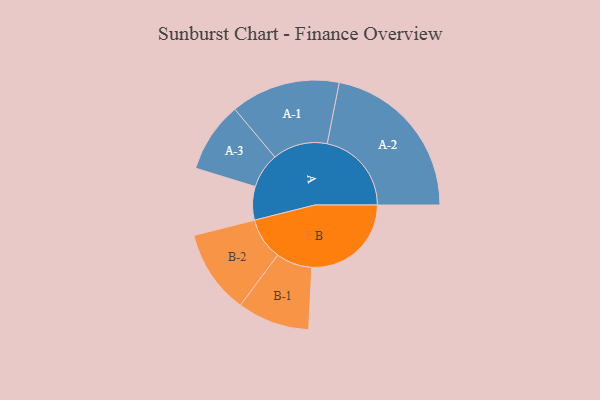
{"axis": {"x": "Segment", "y": "Value"}, "legend": ["", "A", "B"], "data": [{"x": "A", "y": 113, "type": ""}, {"x": "B", "y": 336, "type": ""}, {"x": "A-1", "y": 185, "type": "A"}, {"x": "A-2", "y": 285, "type": "A"}, {"x": "A-3", "y": 119, "type": "A"}, {"x": "B-1", "y": 122, "type": "B"}, {"x": "B-2", "y": 142, "type": "B"}]}